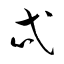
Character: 忒